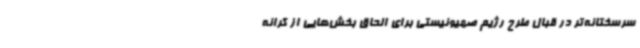
سرسختانه‌تر در قبال طرح رژیم صهیونیستی برای الحاق بخش‌هایی از کرانه